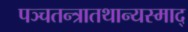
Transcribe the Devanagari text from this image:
पञ्चतन्त्रातथान्यस्माद्